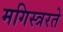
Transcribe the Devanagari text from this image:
मगिस्त्ररते